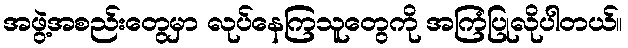
အဖွဲ့အစည်းတွေမှာ လုပ်နေကြသူတွေကို အကြံပြုလိုပါတယ်။